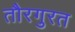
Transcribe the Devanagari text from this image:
तौरगुरत